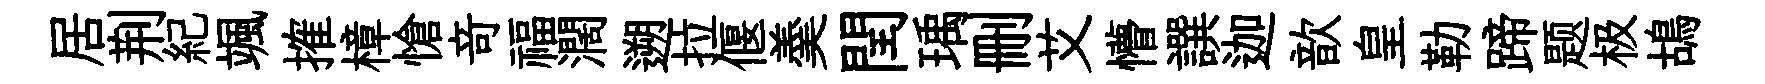
居荆紀颯搉樟愴竒福濶遡拉偃羮閏瑀删艾懵譔迦歆皇勒蹄题极鴣